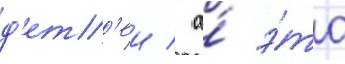
д'ет'еи / а́ э́то